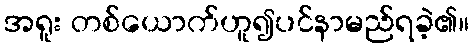
အရူး တစ်ယောက်ဟူ၍ပင်နာမည်ရခဲ့၏။